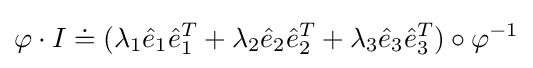
\varphi \cdot I\doteq (\lambda _{1}{\hat {e}}_{1}{\hat {e}}_{1}^{T}+\lambda _{2}{\hat {e}}_{2}{\hat {e}}_{2}^{T}+\lambda _{3}{\hat {e}}_{3}{\hat {e}}_{3}^{T})\circ \varphi ^{-1}